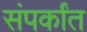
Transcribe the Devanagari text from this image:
संपर्कांत